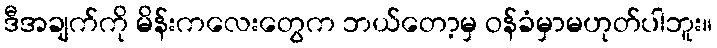
ဒီအချက်ကို မိန်းကလေးတွေက ဘယ်တော့မှ ဝန်ခံမှာမဟုတ်ပါဘူး။